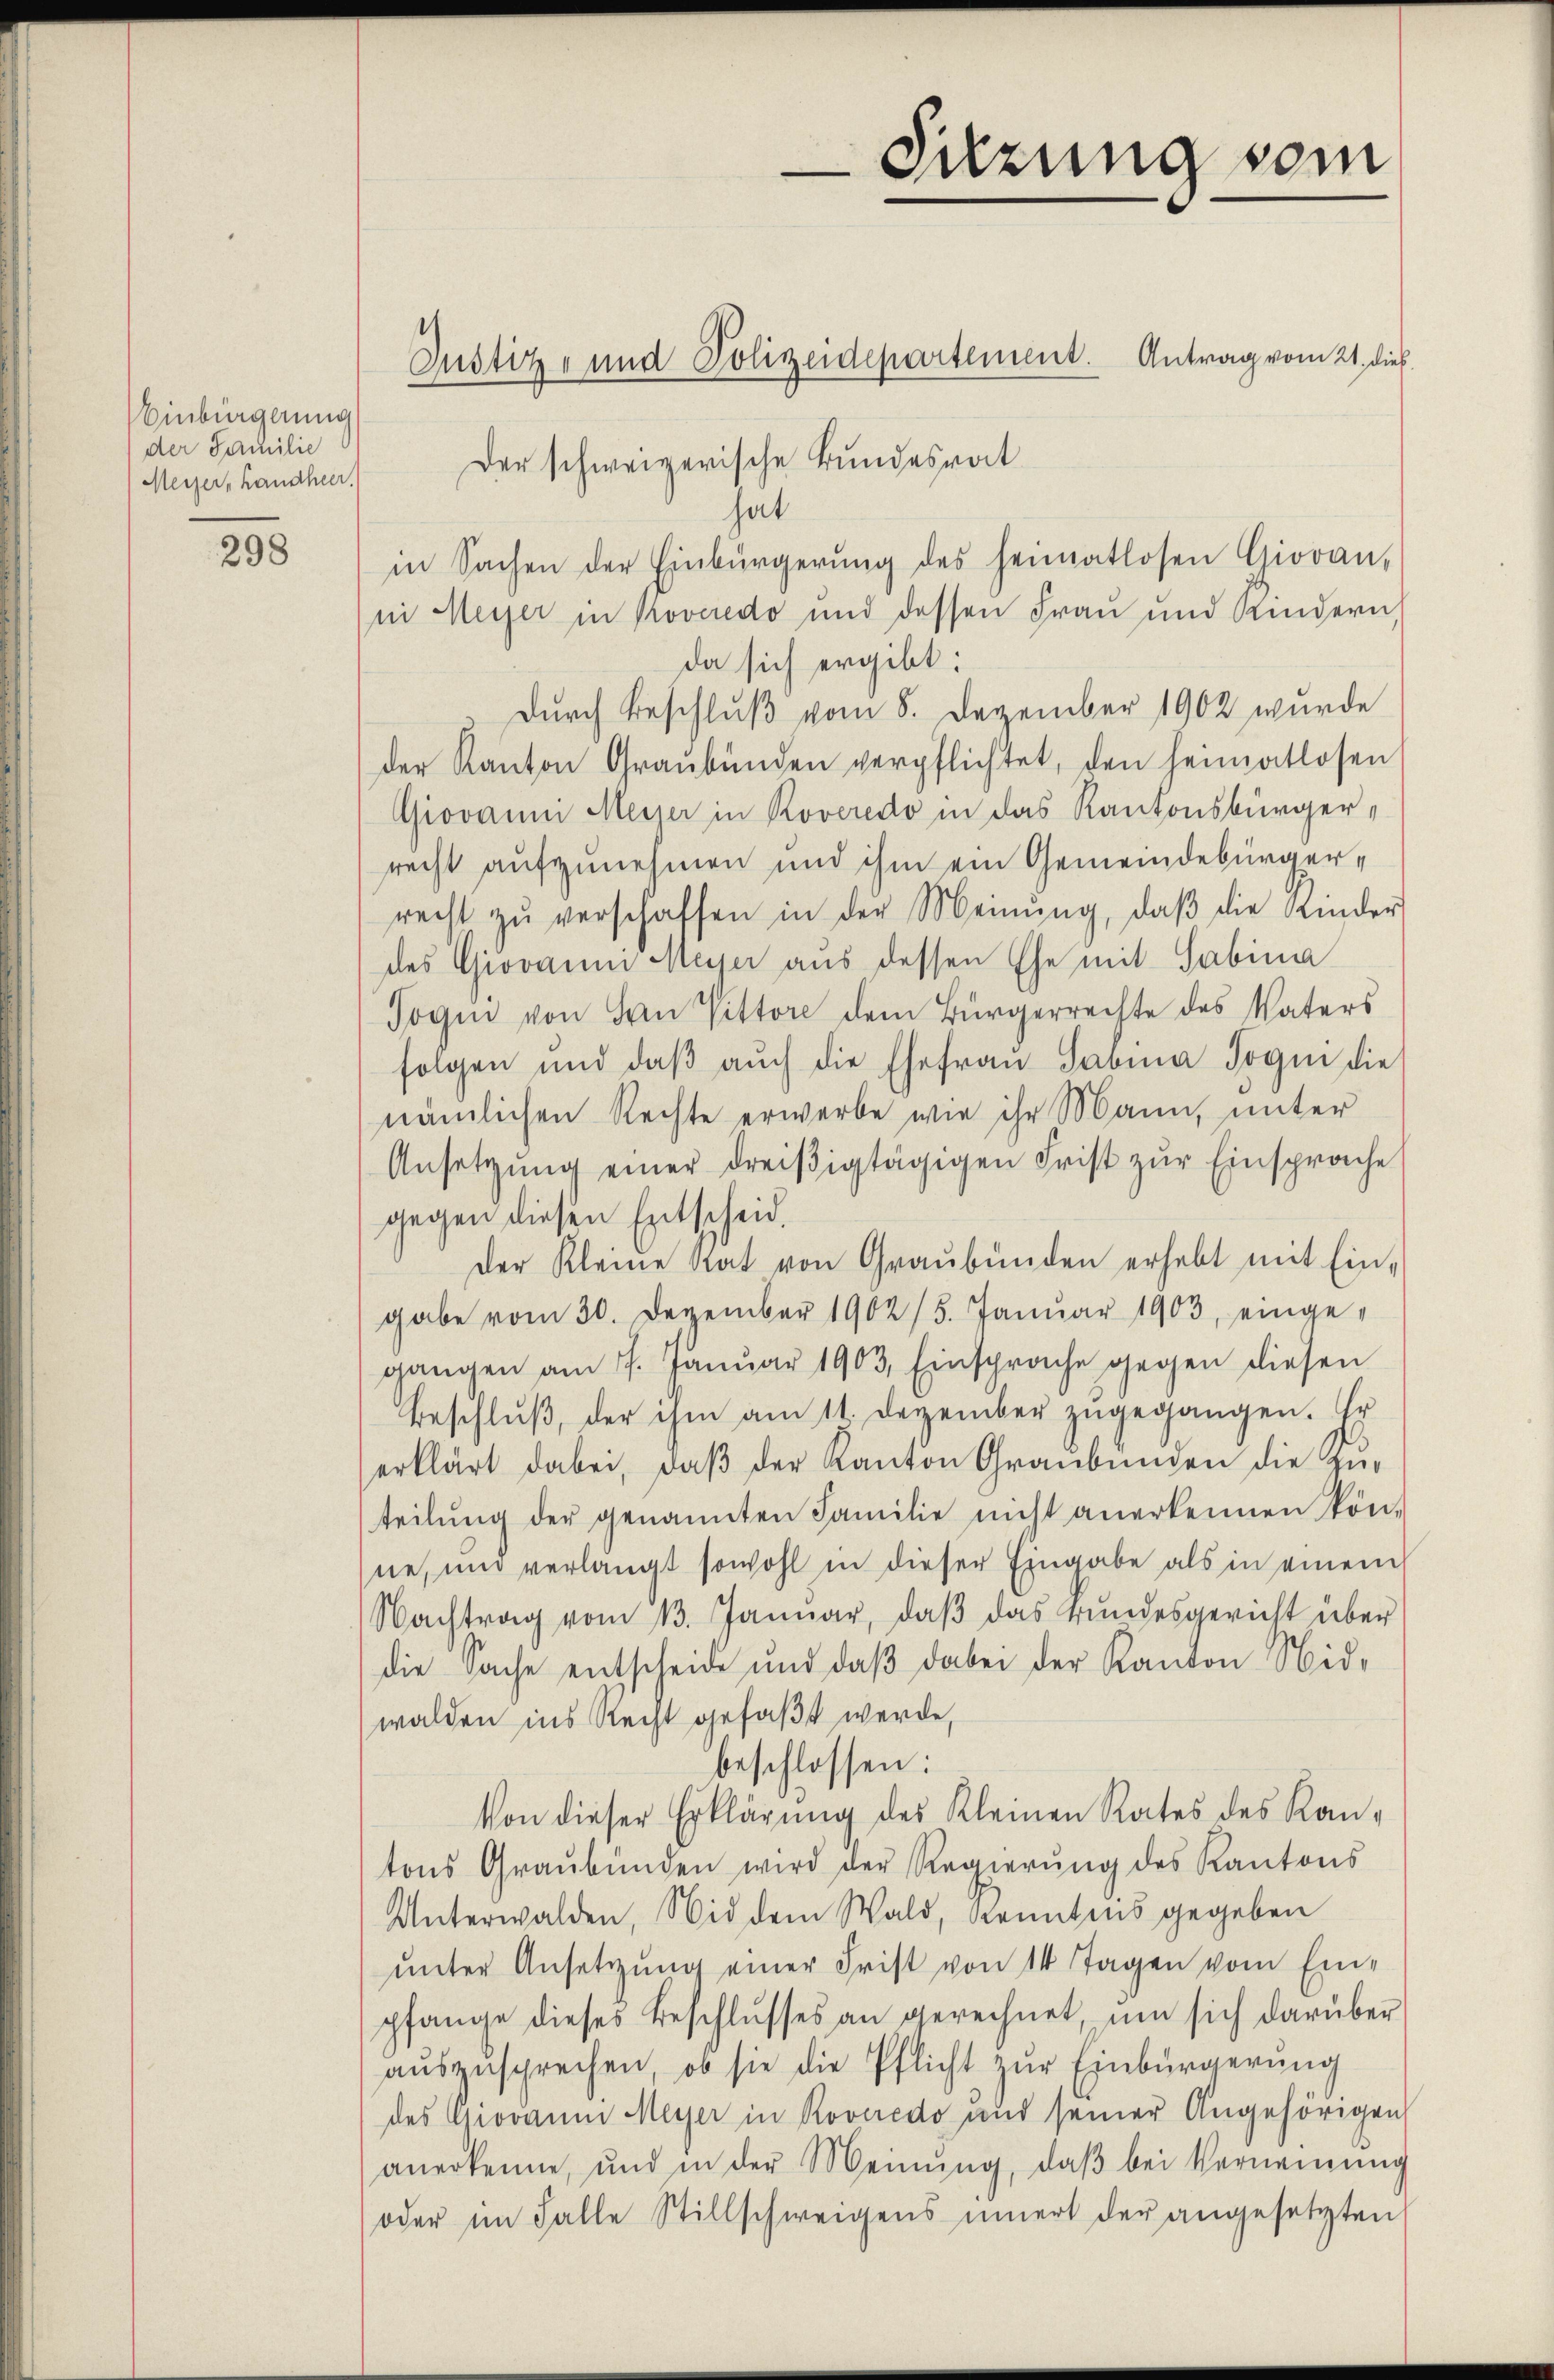
Einbürgerung
der Familie
Meyer, Handheer.

298

Justiz- und Polizeidepartement. Antrag vom 21. dies
Der schweizerische Bundesrat
hat
in Sachen der Einbürgerŭng des heimatlosen Giovan-
ii Meyer in Koveredo und dessen Frau und Kindern,
da sich ergibt:
Durch Beschluß vom 8. Dezember 1902 wurde
der Kanton Graubünden verpflichtet, den heimatlosen
Giovanni Meyer in Roveredo in das Kantonsbürgerrecht aufzunehmen und ihm ein Gemeindebürgerrecht zŭ verschaffen in der Meinŭng, daβ die Kinder
des Giovaum Meser aus dessen Ehe mit Sabina
Sogen von Han Vittore dem Bürgerrechte des Vaters
folgen und daβ aŭch die Ehefrau Savina Jogni die
nämlichen Rechte erwerbe wie ihr Mann, unter
Ansetzŭng einer dreiβigtägigen Frist zŭr Einsprache
gegen diesen Entscheid.
der Kleine Rat von Graubünden erhebt mit Ein-
gabe vom 30 Dezember 1902/5. Janŭar 1903, einge-
gangen am 17. Janŭar 1903. Einsprache gegen diesen
Beschlŭβ, der ihm am 11. Dezember zŭgegangen. Er
erklärt dabei, daβ der Kanton Graubünden die zur
teilŭng der genannten Familie nicht anerkennen kön-
ne, und verlangt sowohl in dieser Eingabe als in einem
Nachtrag vom 13. Januar, daβ das rundesgericht über
die Sache entscheide und daβ dabei der Kanton Nid-
walden ins Recht gefaßt werde,
beschlossen:
Von dieser Erklärŭng des Kleinen Rates des Kan-
tons Graubünden wird der Regierŭng des Kantons
Unterwalden, Nid dem Wald, konntens gegeben
ŭnter Ansetzŭng einer Frist von 14 Tagen vom Ein-
pfange dieses Beschlŭsses an gerechnet, um sich darüber
auszusprechen, ob sie die Pflicht zŭr Einbürgerung
des Giovaum Meyer in Roveredo und seiner Angehörigen
anerkenne, und in der Meinŭng, daβ bei Verneinŭng
oder im Falle Stillschweigens innert der angesetzten

Sitzung vom